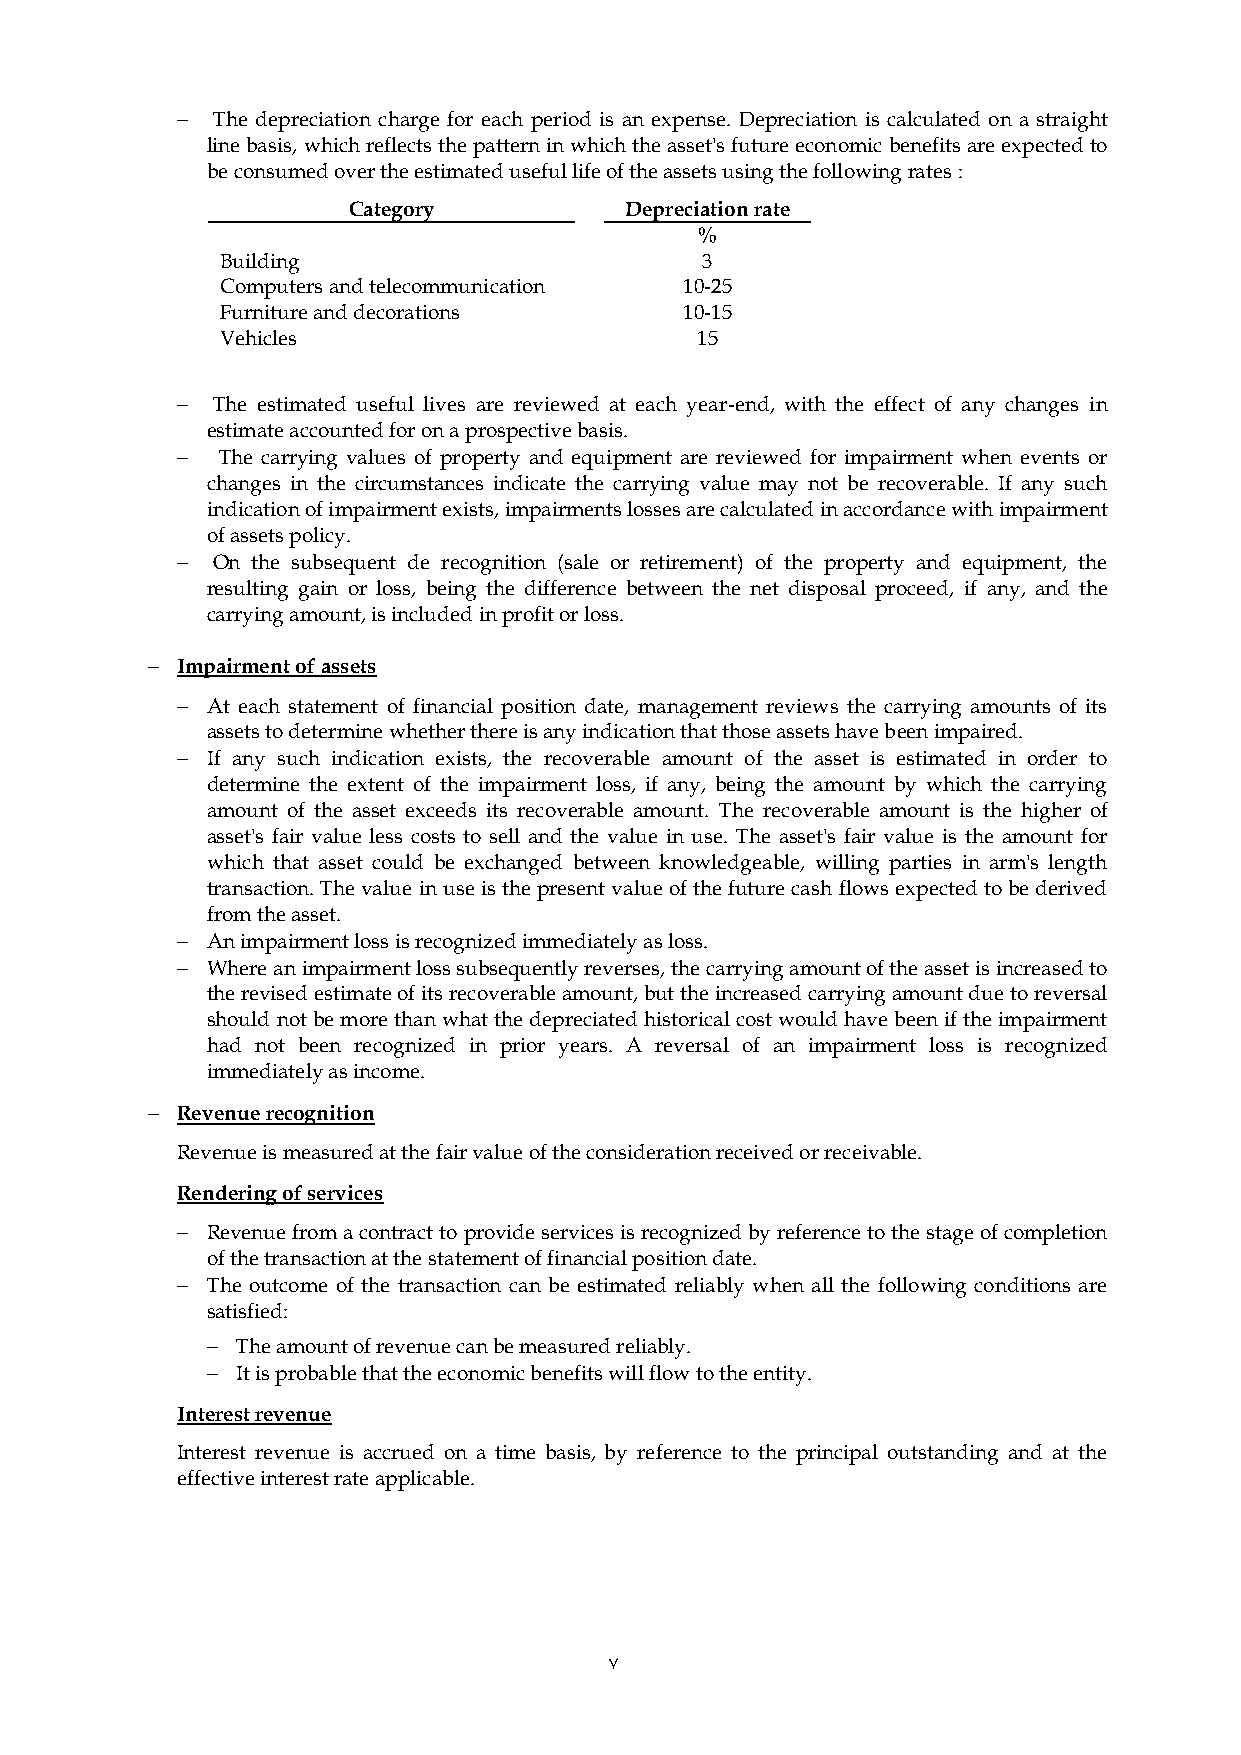
 The depreciation charge for each period is an expense. Depreciation is calculated on a straight
 line basis, which reflects the pattern in which the asset's future economic benefits are expected to
 be consumed over the estimated useful life of the assets using the following rates :
 Category          Depreciation rate
 %
 Building                       3
 Computers and telecommunication 10-25
 Furniture and decorations     10-15
 Vehicles                       15
  The estimated useful lives are reviewed at each year-end, with the effect of any changes in
 estimate accounted for on a prospective basis.
   The carrying values of property and equipment are reviewed for impairment when events or
 changes in the circumstances indicate the carrying value may not be recoverable. If any such
 indication of impairment exists, impairments losses are calculated in accordance with impairment
 of assets policy.
  On the subsequent de recognition (sale or retirement) of the property and equipment, the
 resulting gain or loss, being the difference between the net disposal proceed, if any, and the
 carrying amount, is included in profit or loss.
  Impairment of assets
  At each statement of financial position date, management reviews the carrying amounts of its
 assets to determine whether there is any indication that those assets have been impaired.
  If any such indication exists, the recoverable amount of the asset is estimated in order to
 determine the extent of the impairment loss, if any, being the amount by which the carrying
 amount of the asset exceeds its recoverable amount. The recoverable amount is the higher of
 asset's fair value less costs to sell and the value in use. The asset's fair value is the amount for
 which that asset could be exchanged between knowledgeable, willing parties in arm's length
 transaction. The value in use is the present value of the future cash flows expected to be derived
 from the asset.
  An impairment loss is recognized immediately as loss.
  Where an impairment loss subsequently reverses, the carrying amount of the asset is increased to
 the revised estimate of its recoverable amount, but the increased carrying amount due to reversal
 should not be more than what the depreciated historical cost would have been if the impairment
 had not been recognized in prior years. A reversal of an impairment loss is recognized
 immediately as income.
  Revenue recognition
 Revenue is measured at the fair value of the consideration received or receivable.
 Rendering of services
  Revenue from a contract to provide services is recognized by reference to the stage of completion
 of the transaction at the statement of financial position date.
  The outcome of the transaction can be estimated reliably when all the following conditions are
 satisfied:
  The amount of revenue can be measured reliably.
  It is probable that the economic benefits will flow to the entity.
 Interest revenue
 Interest revenue is accrued on a time basis, by reference to the principal outstanding and at the
 effective interest rate applicable.
 7